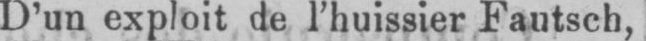
D’un exploit de l’huissier Fautsch,